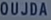
OUJDA